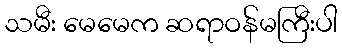
သမီး မေမေက ဆရာဝန်မကြီးပါ